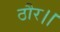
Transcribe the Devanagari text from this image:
ठौर।।